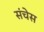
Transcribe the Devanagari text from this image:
संचेस